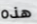
هذه